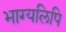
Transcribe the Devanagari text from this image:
भाग्यलिपि